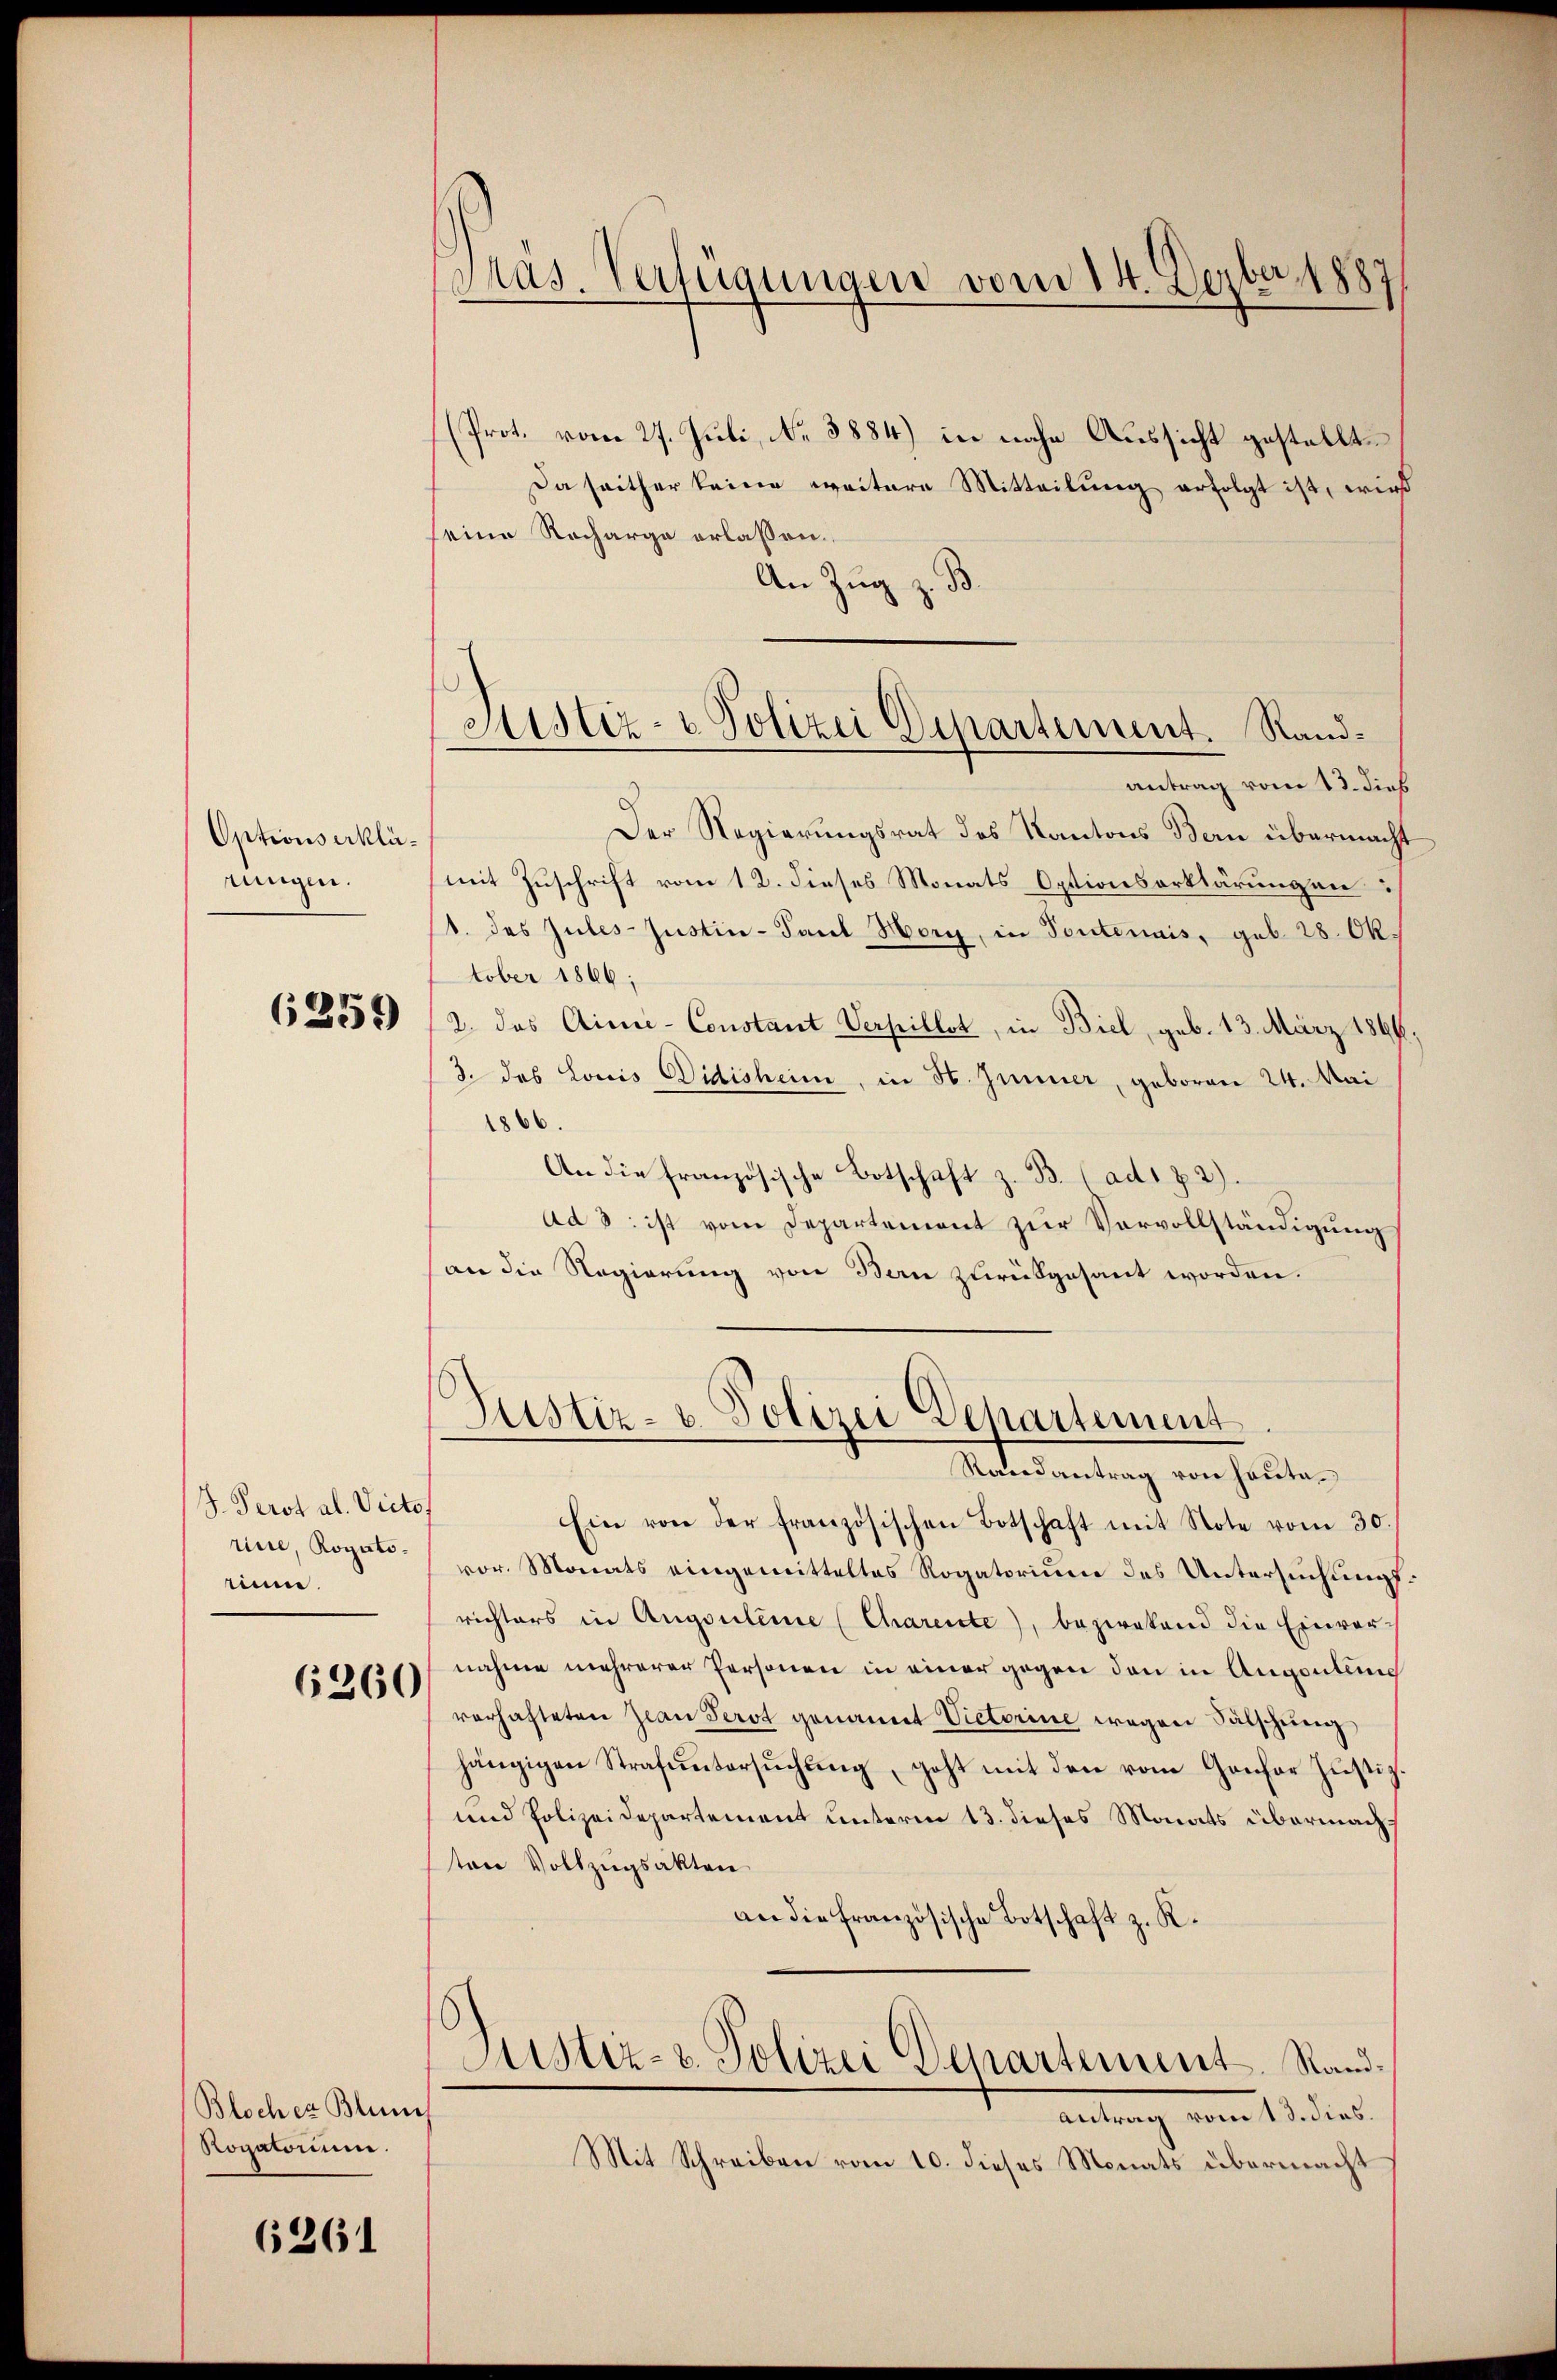
Optionserklärungen.

6259

J. Perst al. Victo
rine, Rogatoium

6260

Blocher Blun
Rogatorium.

6261

Pras. Verfügungen vom 14. Dezbr. 1887

Sistiz- & Polizei Departement. Randantrag vom 13. dieß

(Prot. vom 27. Juli, No 3884) in nahe Aussicht gestellt.
Da seither keine weitere Mitteilung erfolgt ist, wird
seine Recharge erlassen.
An Zug z. B.
Der Regierungsrat des Kantons Bern übermacht
mit Zuschrift vom 12. dieses Monats Optionserklärungen
1. das Zules-Justin- Paul Hory, in Toutenais, geb. 28. Oktober 1866;
2. das Aine-Constant Verpillst, in Biel, geb. 13. März 1864.
3. das Louis Didisheim, in St. Jenner, geboren 24. Mai
1866.
An die französische Botschaft z. B. ad 22)
ad 3. ist vom Departement zur Vervollständigung
an die Regierung von Bern zurükgesant worden.
Justiz- & Polizei Departement
Randantrag von Hauta¬
Ein von der französischen Botschaft mit Note vom 30.
vor. Monats eingemitteltes Rogatorium des Untersuchungsrichters in Augsuleine (Charente), bezwekend die Einvernahme mehrerer Personen in einer gegen den in Angentens
verhafteten Jwan Serot genannt Victorine wegen Fälschung
hängigen Strafuntersŭchŭng, geht mit den vom Gonfor Justiz
und Polizeidepartement unterm 13. dieses Monats übermachton Vollzugsakten
an die französische Botschaft z. R.
Justiz- u. Polizei Departement Rand¬
Antrag vom 13. dies.
Mit Schreiben vom 10. dieses Monats übermacht